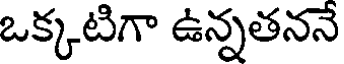
ఒక్కటిగా ఉన్నతననే